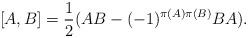
LaTeX: \begin{align*}[A,B] = \frac{1}{2}(AB - (-1)^{\pi(A)\pi(B)}BA).\end{align*}